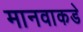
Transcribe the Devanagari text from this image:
मानवाकडे